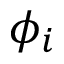
\phi _ { i }